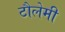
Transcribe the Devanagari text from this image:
टौलेमी